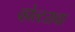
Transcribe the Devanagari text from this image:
व्होल्टसचा